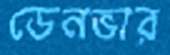
ডেনভার